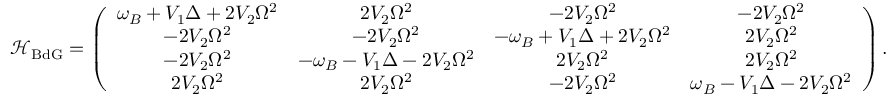
\mathcal { H } _ { \mathrm { B d G } } = \left( \begin{array} { c c c c } { \omega _ { B } + V _ { 1 } \Delta + 2 V _ { 2 } \Omega ^ { 2 } } & { 2 V _ { 2 } \Omega ^ { 2 } } & { - 2 V _ { 2 } \Omega ^ { 2 } } & { - 2 V _ { 2 } \Omega ^ { 2 } } \\ { - 2 V _ { 2 } \Omega ^ { 2 } } & { - 2 V _ { 2 } \Omega ^ { 2 } } & { - \omega _ { B } + V _ { 1 } \Delta + 2 V _ { 2 } \Omega ^ { 2 } } & { 2 V _ { 2 } \Omega ^ { 2 } } \\ { - 2 V _ { 2 } \Omega ^ { 2 } } & { - \omega _ { B } - V _ { 1 } \Delta - 2 V _ { 2 } \Omega ^ { 2 } } & { 2 V _ { 2 } \Omega ^ { 2 } } & { 2 V _ { 2 } \Omega ^ { 2 } } \\ { 2 V _ { 2 } \Omega ^ { 2 } } & { 2 V _ { 2 } \Omega ^ { 2 } } & { - 2 V _ { 2 } \Omega ^ { 2 } } & { \omega _ { B } - V _ { 1 } \Delta - 2 V _ { 2 } \Omega ^ { 2 } } \end{array} \right) .